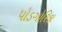
પોડગોરિકા